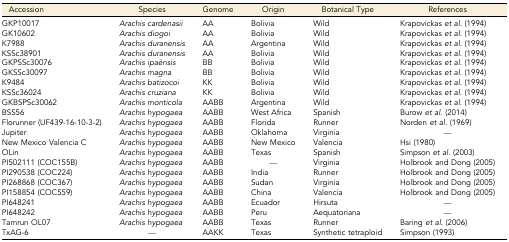
<table><thead><tr><td><b>Accession</b></td><td><b>Species</b></td><td><b>Genome</b></td><td><b>Origin</b></td><td><b>Botanical Type</b></td><td><b>References</b></td></tr></thead><tbody><tr><td>GKP10017</td><td><i>Arachis cardenasii</i></td><td>AA</td><td>Bolivia</td><td>Wild</td><td>Krapovickas <i>et al.</i> (1994)</td></tr><tr><td>GK10602</td><td><i>Arachis diogoi</i></td><td>AA</td><td>Bolivia</td><td>Wild</td><td>Krapovickas <i>et al.</i> (1994)</td></tr><tr><td>K7988</td><td><i>Arachis duranensis</i></td><td>AA</td><td>Argentina</td><td>Wild</td><td>Krapovickas <i>et al.</i> (1994)</td></tr><tr><td>KSSc38901</td><td><i>Arachis duranensis</i></td><td>AA</td><td>Bolivia</td><td>Wild</td><td>Krapovickas <i>et al.</i> (1994)</td></tr><tr><td>GKPSSc30076</td><td><i>Arachis ipaënsis</i></td><td>BB</td><td>Bolivia</td><td>Wild</td><td>Krapovickas <i>et al.</i> (1994)</td></tr><tr><td>GKSSc30097</td><td><i>Arachis magna</i></td><td>BB</td><td>Bolivia</td><td>Wild</td><td>Krapovickas <i>et al.</i> (1994)</td></tr><tr><td>K9484</td><td><i>Arachis batizocoi</i></td><td>KK</td><td>Bolivia</td><td>Wild</td><td>Krapovickas <i>et al.</i> (1994)</td></tr><tr><td>KSSc36024</td><td><i>Arachis cruziana</i></td><td>KK</td><td>Bolivia</td><td>Wild</td><td>Krapovickas <i>et al.</i> (1994)</td></tr><tr><td>GKBSPSc30062</td><td><i>Arachis monticola</i></td><td>AABB</td><td>Argentina</td><td>Wild</td><td>Krapovickas <i>et al.</i> (1994)</td></tr><tr><td>BSS56</td><td><i>Arachis hypogaea</i></td><td>AABB</td><td>West Africa</td><td>Spanish</td><td>Burow <i>et al.</i> (2014)</td></tr><tr><td>Florunner (UF439-16-10-3-2)</td><td><i>Arachis hypogaea</i></td><td>AABB</td><td>Florida</td><td>Runner</td><td>Norden <i>et al.</i> (1969)</td></tr><tr><td>Jupiter</td><td><i>Arachis hypogaea</i></td><td>AABB</td><td>Oklahoma</td><td>Virginia</td><td>—</td></tr><tr><td>New Mexico Valencia C</td><td><i>Arachis hypogaea</i></td><td>AABB</td><td>New Mexico</td><td>Valencia</td><td>Hsi (1980)</td></tr><tr><td>OLin</td><td><i>Arachis hypogaea</i></td><td>AABB</td><td>Texas</td><td>Spanish</td><td>Simpson <i>et al.</i> (2003)</td></tr><tr><td>PI502111 (COC155B)</td><td><i>Arachis hypogaea</i></td><td>AABB</td><td>—</td><td>Virginia</td><td>Holbrook and Dong (2005)</td></tr><tr><td>PI290538 (COC224)</td><td><i>Arachis hypogaea</i></td><td>AABB</td><td>India</td><td>Runner</td><td>Holbrook and Dong (2005)</td></tr><tr><td>PI268868 (COC367)</td><td><i>Arachis hypogaea</i></td><td>AABB</td><td>Sudan</td><td>Virginia</td><td>Holbrook and Dong (2005)</td></tr><tr><td>PI158854 (COC559)</td><td><i>Arachis hypogaea</i></td><td>AABB</td><td>China</td><td>Valencia</td><td>Holbrook and Dong (2005)</td></tr><tr><td>PI648241</td><td><i>Arachis hypogaea</i></td><td>AABB</td><td>Ecuador</td><td>Hirsuta</td><td>—</td></tr><tr><td>PI648242</td><td><i>Arachis hypogaea</i></td><td>AABB</td><td>Peru</td><td>Aequatoriana</td><td>—</td></tr><tr><td>Tamrun OL07</td><td><i>Arachis hypogaea</i></td><td>AABB</td><td>Texas</td><td>Runner</td><td>Baring <i>et al.</i> (2006)</td></tr><tr><td>TxAG-6</td><td>—</td><td>AAKK</td><td>Texas</td><td>Synthetic tetraploid</td><td>Simpson (1993)</td></tr></tbody></table>